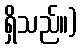
ရှိသည်။)